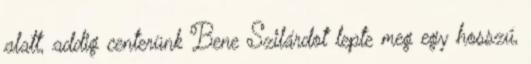
alatt, addig centerünk Bene Szilárdot lepte meg egy hosszú,